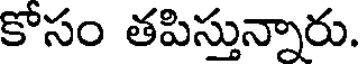
కోసం తపిస్తున్నారు.